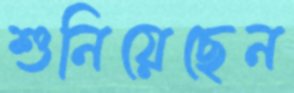
শুনিয়েছেন